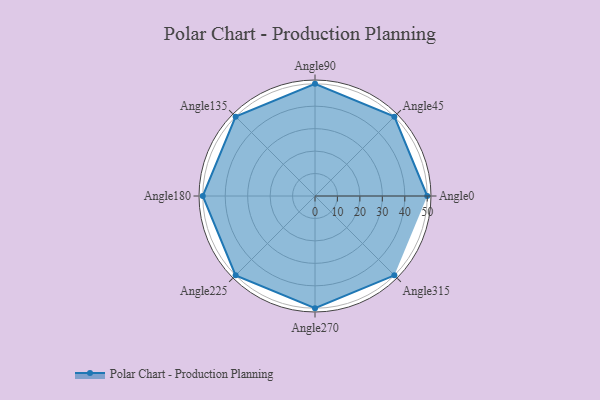
{"axis": {"x": "Angle", "y": "Radius"}, "legend": [""], "data": [{"x": "Angle0", "y": 50, "type": ""}, {"x": "Angle45", "y": 50.0, "type": ""}, {"x": "Angle90", "y": 50, "type": ""}, {"x": "Angle135", "y": 50, "type": ""}, {"x": "Angle180", "y": 50, "type": ""}, {"x": "Angle225", "y": 50, "type": ""}, {"x": "Angle270", "y": 50, "type": ""}, {"x": "Angle315", "y": 50, "type": ""}]}